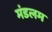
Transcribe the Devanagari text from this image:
मंडलम